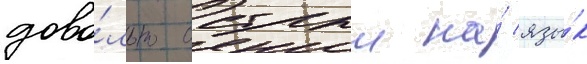
дово́льно острыи на́ язы́к